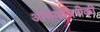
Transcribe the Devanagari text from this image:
अभियांत्रिरीकी